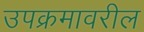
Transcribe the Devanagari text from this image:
उपक्रमावरील